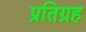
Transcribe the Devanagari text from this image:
प्रतिग्रह